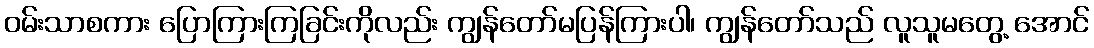
ဝမ်းသာစကား ပြောကြားကြခြင်းကိုလည်း ကျွန်တော်မပြန်ကြားပါ၊ ကျွန်တော်သည် လူသူမတွေ့ အောင်